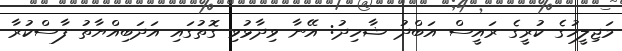
މަޖިލީހުގެ ކުރީގެ ރައީސް އަބްދު ޝާހިދު: އޭނާ ވިދާޅުވި ގޮތުގައި އަދަބިއްޔާތު ފާސްކުރާ